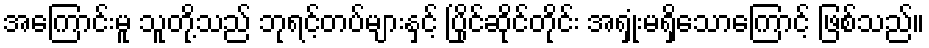
အကြောင်းမူ သူတို့သည် ဘုရင့်တပ်များနှင့် ပြိုင်ဆိုင်တိုင်း အရှုံးမရှိသောကြောင့် ဖြစ်သည်။